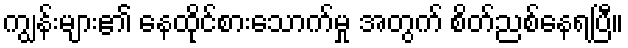
ကျွန်းများ၏ နေထိုင်စားသောက်မှု အတွက် စိတ်ညစ်နေရပြီ။